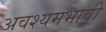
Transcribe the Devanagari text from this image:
अवश्यमभावी